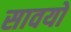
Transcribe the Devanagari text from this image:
सावयों